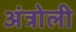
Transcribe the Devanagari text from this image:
अंत्रोली